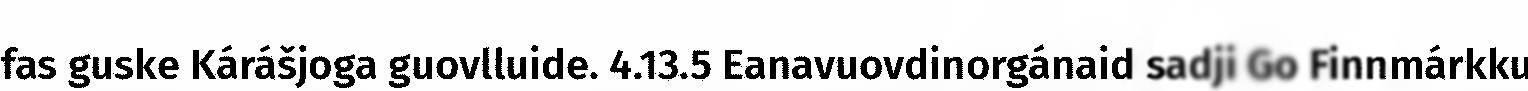
fas guske Kárášjoga guovlluide. 4.13.5 Eanavuovdinorgánaid sadji Go Finnmárkku